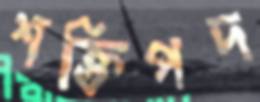
শক্তিপদ